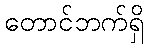
တောင်ဘက်ရှိ